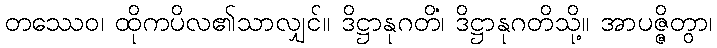
တဿေဝ၊ ထိုကပိလ၏သာလျှင်။ ဒိဋ္ဌာနုဂတိံ၊ ဒိဋ္ဌာနုဂတိသို့။ အာပဇ္ဇိတွာ၊